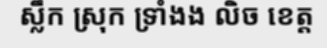
ស្លឹក ស្រុក ទ្រាំងង លិច ខេត្ត